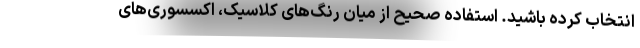
انتخاب کرده باشید. استفاده صحیح از میان رنگ‌های کلاسیک، اکسسوری‌های